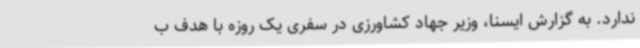
ندارد. به گزارش ایسنا، وزیر جهاد کشاورزی در سفری یک روزه با هدف ب